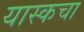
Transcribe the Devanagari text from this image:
यास्कचा